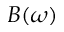
B ( \omega )